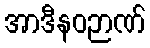
အာဒီနဝဉာဏ်